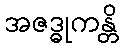
အဇဒ္ဓုကန္တိ